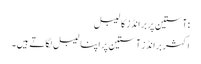
:آستین پر برانڈز کا لیبل
اکثر برانڈز آستین پر اپنا لیبل لگاتے ہیں۔